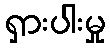
ရှားပါးမှု